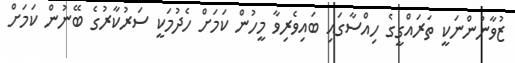
ޒުވާނުންނަކީ ތަރައްގީގެ ހިއްސާގައި ބައިވެރިވާ މީހުން ކަމަށް ހެދުމަކީ ސަރުކާރުގެ ބޭނުން ކަމަށް